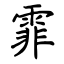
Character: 霏